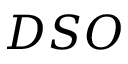
D S O